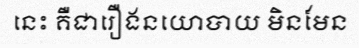
នេះ គឺជារឿងនយោបាយ មិនមែន